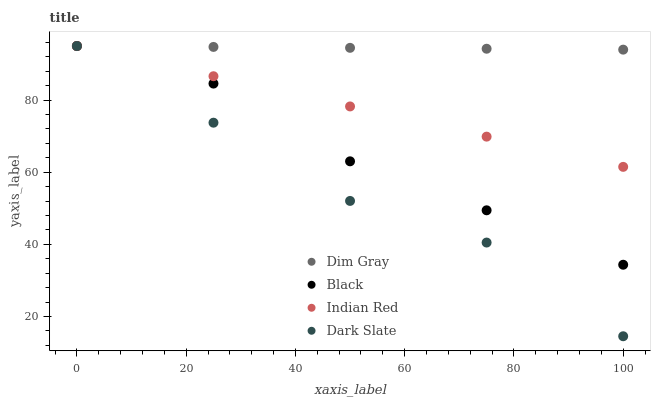
| xaxis_label | Dim Gray | Black | Indian Red | Dark Slate |
 | --- | --- | --- | --- | --- |
 | 0 | 95 | 95 | 95 | 95 |
 | 25 | 94.7 | 84.6 | 86.6 | 73.7 |
 | 50 | 94.5 | 63 | 78.2 | 52.1 |
 | 75 | 94.2 | 49.5 | 69.9 | 40.5 |
 | 100 | 94 | 34.4 | 61.5 | 14.5 |